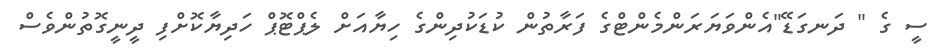
ސީ ގެ " ދަނގަޑޭ"އެންވަޔަރަންމެންޓްގެ ފަރާތުން ކުޑަކުދިންގެ ހިޔާއަށް ލެޕްޓޮޕް ހަދިޔާކޮށްފި ދީނީގޮތުންވެސް